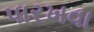
પારખવા